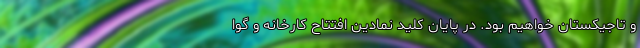
و تاجیکستان خواهیم بود. در پایان کلید نمادین افتتاح کارخانه و گوا